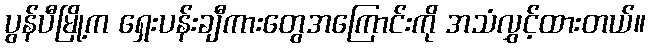
ပွန်ပီမြို့က ရှေးပန်းချီကားတွေအကြောင်းကို အသံလွှင့်ထားတယ်။